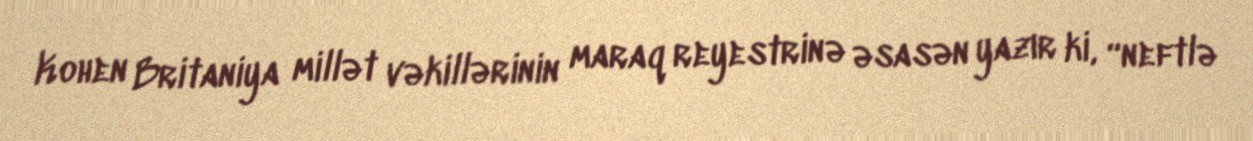
Kohen Britaniya millət vəkillərinin maraq reyestrinə əsasən yazır ki, “neftlə